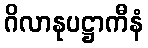
ဂိလာနုပဋ္ဌာကီနံ